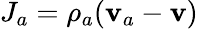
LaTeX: J_{a}=\rho_{a}(\mathbf{v}_{a}-\mathbf{v})